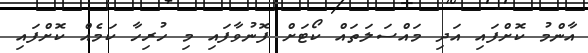
އާންމު ކޮށްފައި އަދި މައްސަލަތައް ކޯޓަށް ފޮނުވާފައި މި ހުރިހާ ކަމެއް ކޮށްފައި